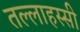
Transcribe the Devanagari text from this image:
तल्लाहस्सी